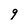
Character: 9